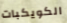
الكويكبات